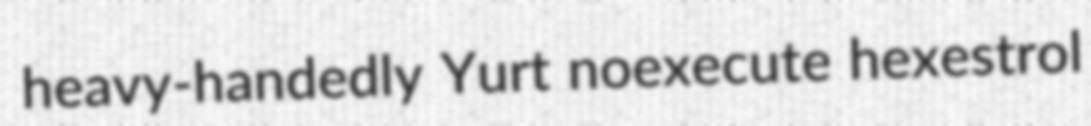
heavy-handedly Yurt noexecute hexestrol